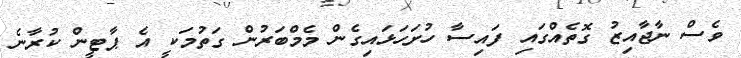
ވެސް ނާޖާއިޒު ގޮތެއްގައި ފައިސާ ހުށަހަޅައިގެން މެމްބަރުން ގަތުމަކީ އެ ޕާޓީން ކުރާނެ